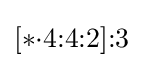
[*{\cdot }4{:}4{:}2]{:}3